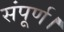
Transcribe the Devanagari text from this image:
संपूर्ण।